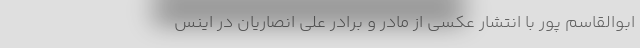
ابوالقاسم پور با انتشار عکسی از مادر و برادر علی انصاریان در اینس